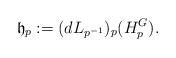
LaTeX: \begin{align*}\mathfrak{h}_{p}:=(dL_{p^{-1}})_{p}(H^{G}_{p}).\end{align*}